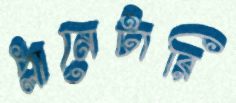
প্লানেটারি